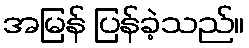
အမြန် ပြန်ခဲ့သည်။